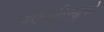
ગણપતિજીએ